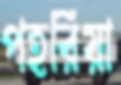
পহরিয়া